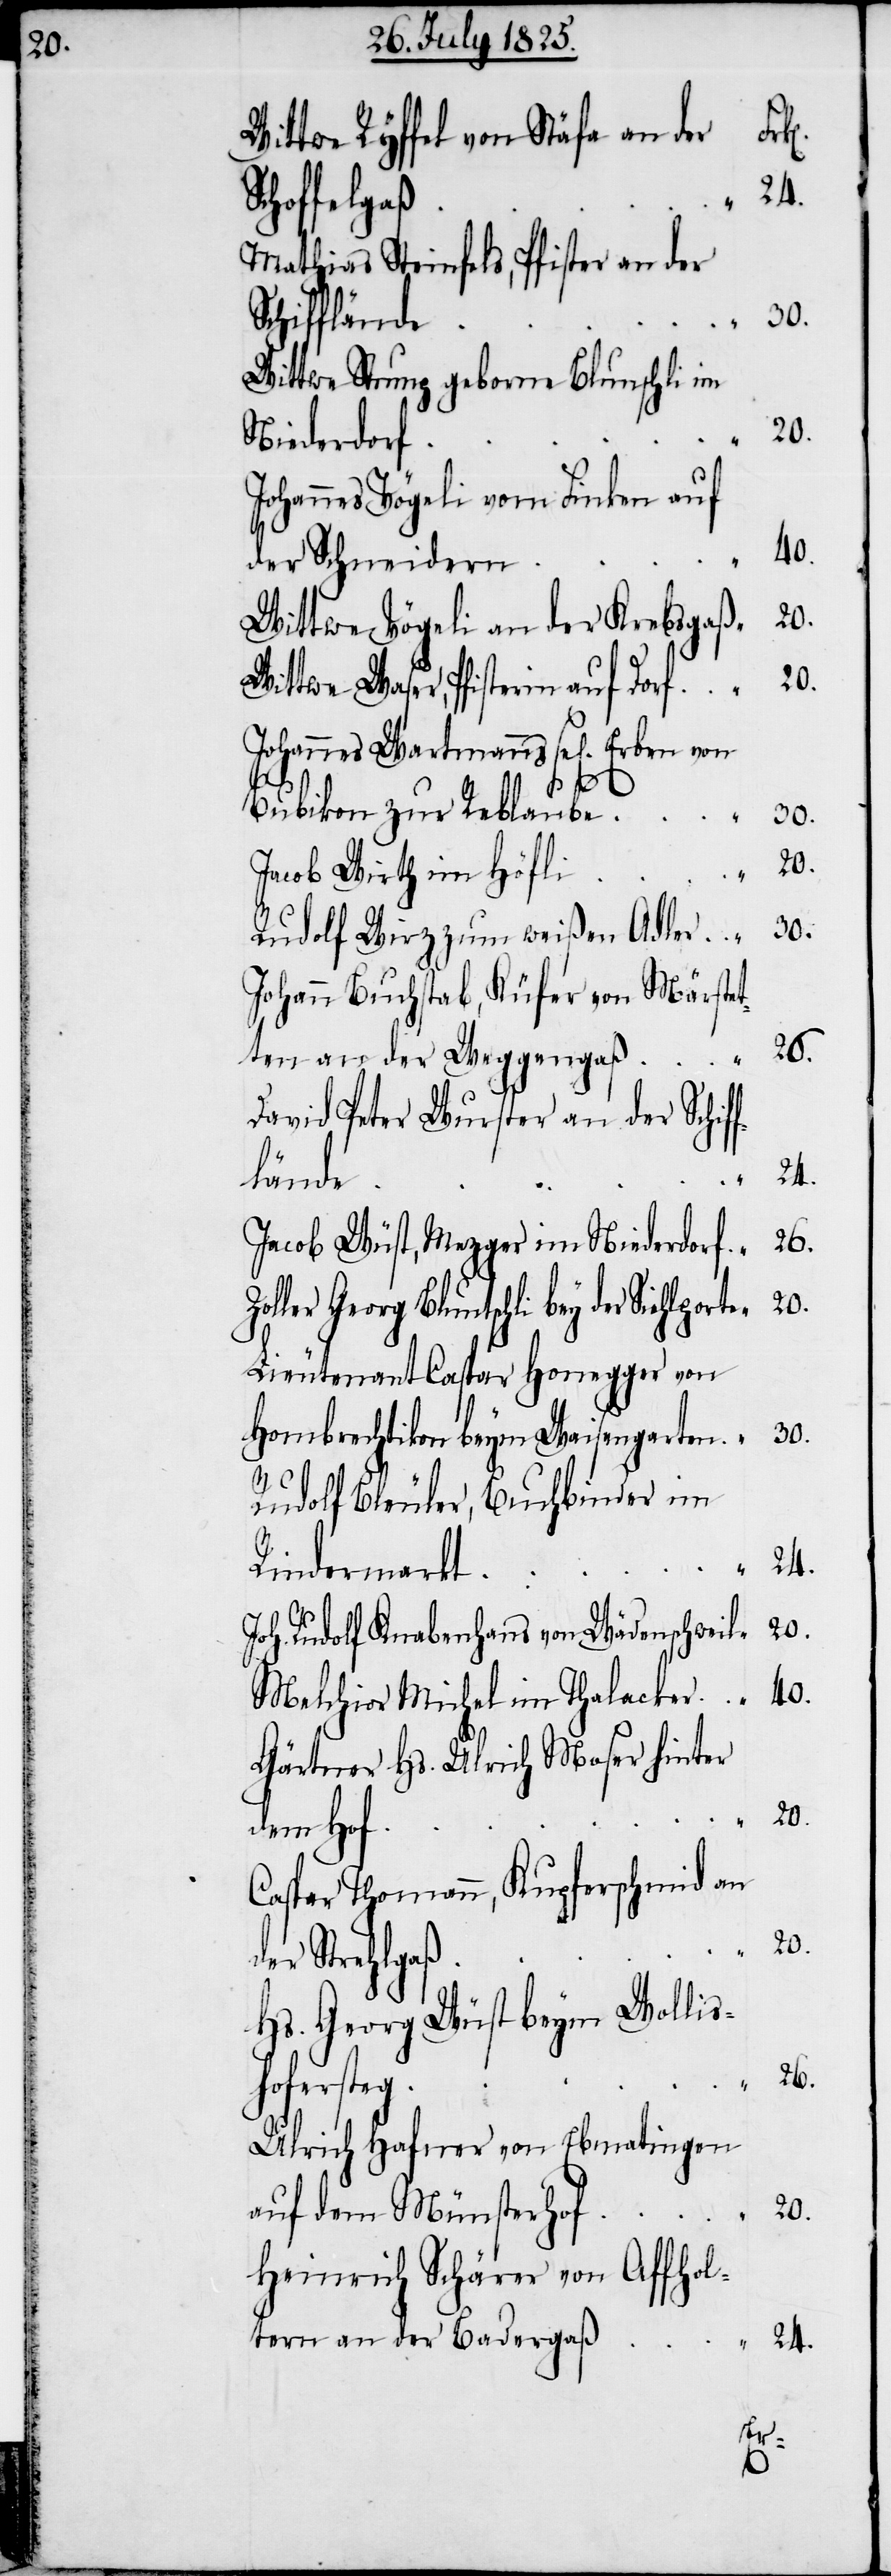
Zol¬
Wittwe Ryffel von Stäfa an der
Mathias Steinfels, Pfister an der
Wittwe Stump geborne Blunschli im
Johannes Vögeli vom Finken auf
Wittwe Vögeli an der Krebsgaß	“	20.
Wittwe Waser, Pfisterin auf Dorf	“	20.
Johannes Wartmanns sel[igen] Erben
ß	“	24.
Jacob Wirth im Höfl¬
Rudolf Wirz zum weißen Adler	“	30.
Johann Buchstab, Küfer von Märstet¬
ten an der Weggengaß	“	26.
David Peter Wurster an der Schif¬
fländ¬
Jacob Wüst, Mezger im Niederdorf	“	26.
ler Georg Blunschli bey der
Lieutenant Caspar Honegger von
Rudolf Bleuler, Buchbinder im
Joh. Rudolf Knabenhans von Wädenschweil	“	20.
Melchior Michel im Thalacker	“	40.
Gärtner Hs. Ulrich Moser hinter
Caspar Thomann, Kupferschmid an
Hs. Georg Wüst beym Wollis¬
hoferste¬
Ulrich Hafner von Ebmatingen
auf dem Münsterhof	“	20.
Heinrich Schärer von Affhol¬
tern an der Baderga¬